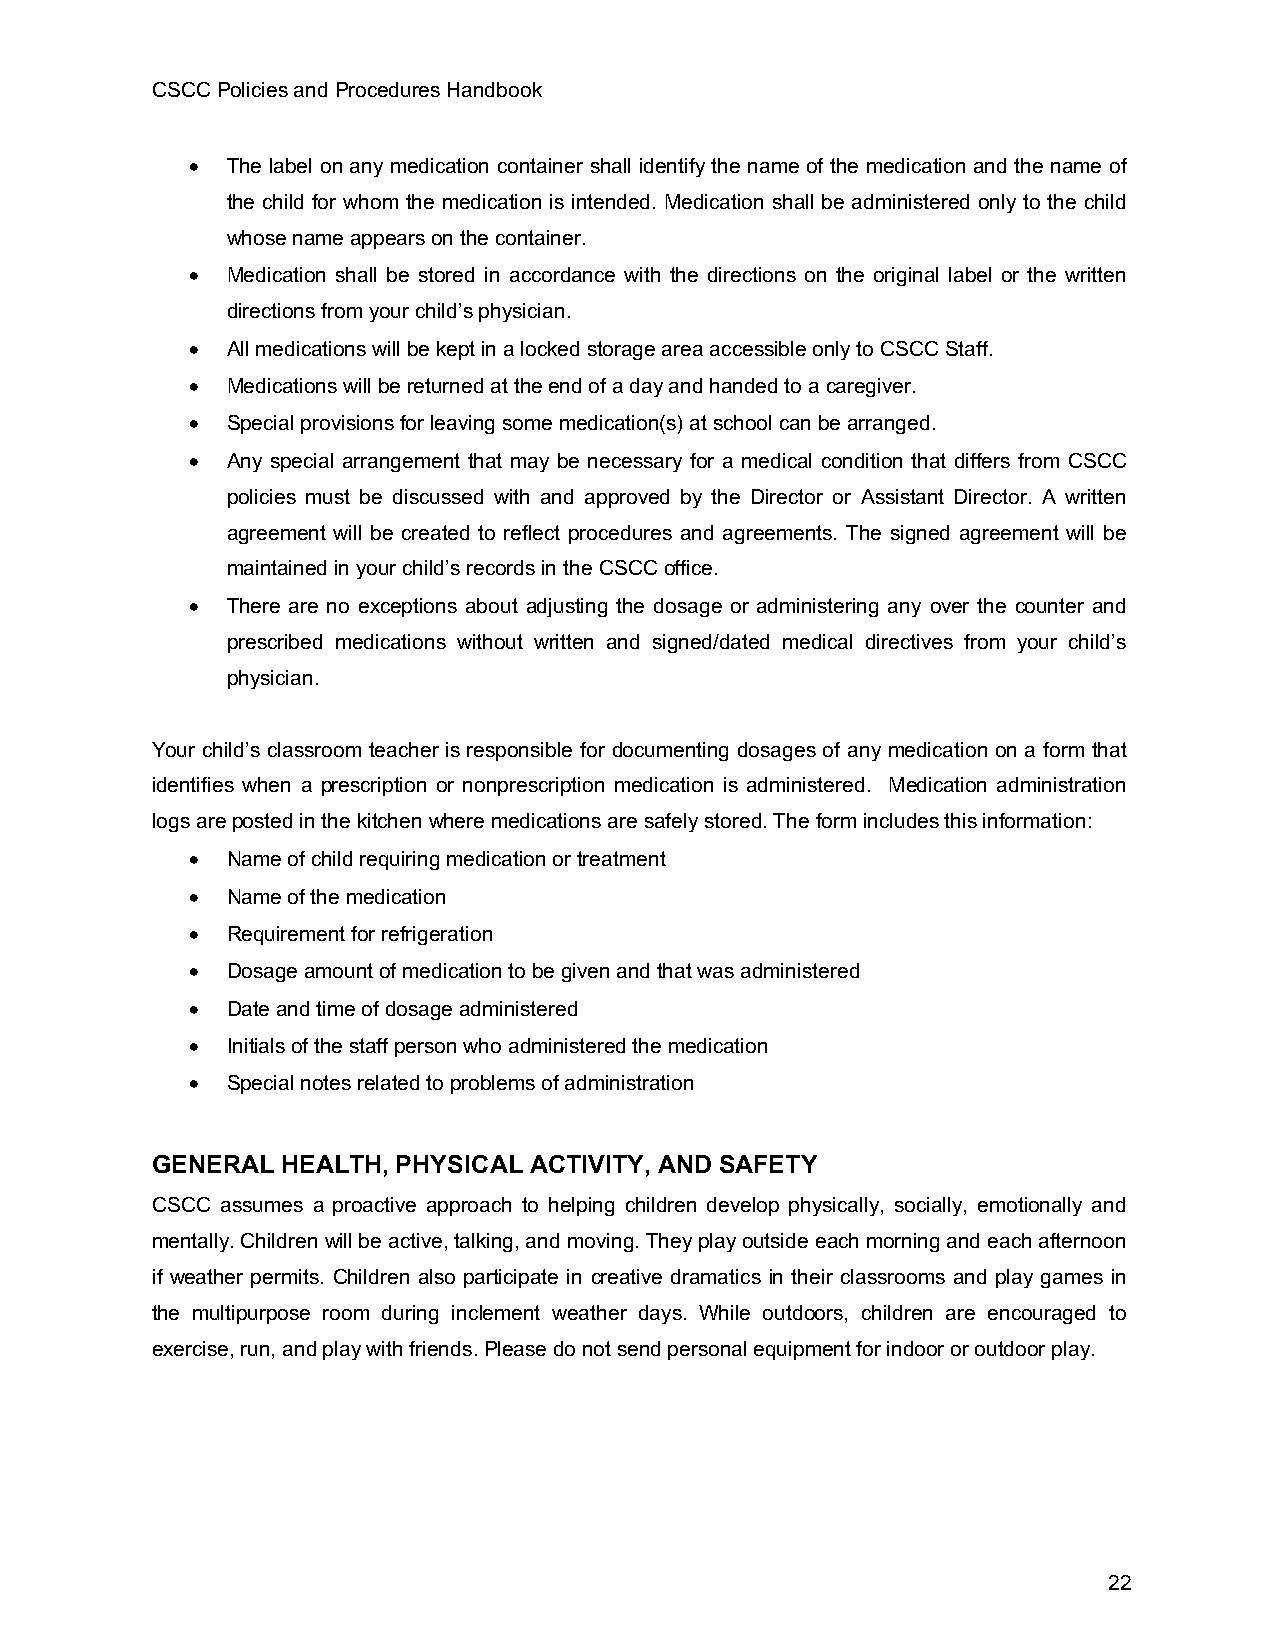
CSCC Policies and Procedures Handbook
 • The label on any medication container shall identify the name of the medication and the name of
 the child for whom the medication is intended. Medication shall be administered only to the child
 whose name appears on the container.
 • Medication shall be stored in accordance with the directions on the original label or the written
 directions from your child’s physician.
 • All medications will be kept in a locked storage area accessible only to CSCC Staff.
 • Medications will be returned at the end of a day and handed to a caregiver.
 • Special provisions for leaving some medication(s) at school can be arranged.
 • Any special arrangement that may be necessary for a medical condition that differs from CSCC
 policies must be discussed with and approved by the Director or Assistant Director. A written
 agreement will be created to reflect procedures and agreements. The signed agreement will be
 maintained in your child’s records in the CSCC office.
 • There are no exceptions about adjusting the dosage or administering any over the counter and
 prescribed medications without written and signed/dated medical directives from your child’s
 physician.
 Your child’s classroom teacher is responsible for documenting dosages of any medication on a form that
 identifies when a prescription or nonprescription medication is administered. Medication administration
 logs are posted in the kitchen where medications are safely stored. The form includes this information:
 • Name of child requiring medication or treatment
 • Name of the medication
 • Requirement for refrigeration
 • Dosage amount of medication to be given and that was administered
 • Date and time of dosage administered
 • Initials of the staff person who administered the medication
 • Special notes related to problems of administration
 GENERAL  HEALTH, PHYSICAL ACTIVITY, AND SAFETY
 CSCC assumes a proactive approach to helping children develop physically, socially, emotionally and
 mentally. Children will be active, talking, and moving. They play outside each morning and each afternoon
 if weather permits. Children also participate in creative dramatics in their classrooms and play games in
 the multipurpose room during inclement weather days. While outdoors, children are encouraged to
 exercise, run, and play with friends. Please do not send personal equipment for indoor or outdoor play.
 22